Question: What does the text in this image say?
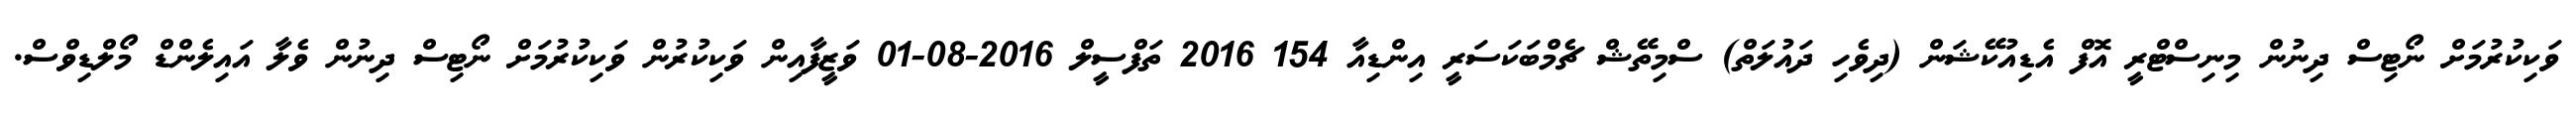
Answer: ވަކިކުރުމަށް ނޯޓިސް ދިނުން މިނިސްޓްރީ އޮފް އެޑިއުކޭޝަން (ދިވެހި ދައުލަތް) ސްމިތޭޝް ޗެމްބަކަސަރީ އިންޑިއާ 154 2016 ތަފްސީލް 2016-08-01 ވަޒީފާއިން ވަކިކުރުން ވަކިކުރުމަށް ނޯޓިސް ދިނުން ވެލާ އައިލެންޑް މޯލްޑިވްސް.